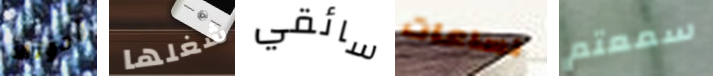
أدولف شغلها سائقي لساعات سمعتم